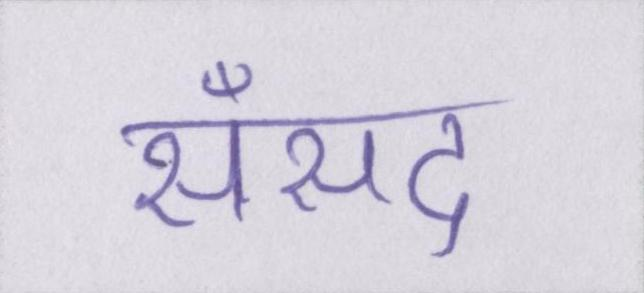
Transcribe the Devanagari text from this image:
सँसद